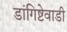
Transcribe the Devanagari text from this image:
डांगिष्टेवाडी